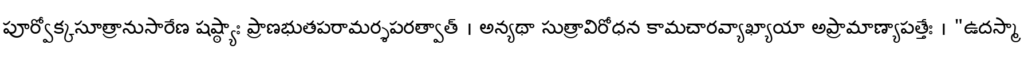
పూర్వోక్కసూత్రానుసారేణ షష్ఠ్యాః ప్రాణభుతపరామర్శపరత్వాత్ । అన్యథా సుత్రావిరోధన కామచారవ్యాఖ్యాయా అప్రామాణ్యాపత్తేః । "ఉదస్మా